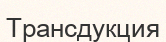
Трансдукция